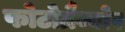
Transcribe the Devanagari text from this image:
फोटोग्रैव्योर